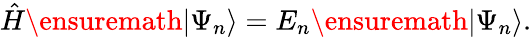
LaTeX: \begin{array}{r}{\hat{H}\ensuremath{\vert\Psi_{n}\rangle}=E_{n}\ensuremath{\vert\Psi_{n}\rangle}.}\end{array}